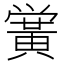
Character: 黉